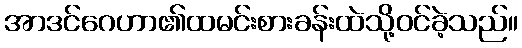
အာဒင်ဂေဟာ၏ထမင်းစားခန်းထဲသို့ဝင်ခဲ့သည်။